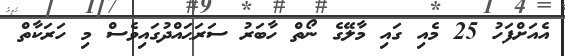
އެއަށްފަހު 25 މެއި ގައި މާލޭގެ ނޯތް ހާބަރު ސަރަޙައްދުގައިވެސް މި ހަރަކާތް